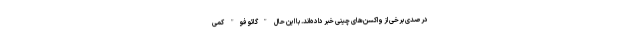
درصدی برخی از واکسن‌های چینی خبر داده‌اند. با این حال "گائو فو" کمی